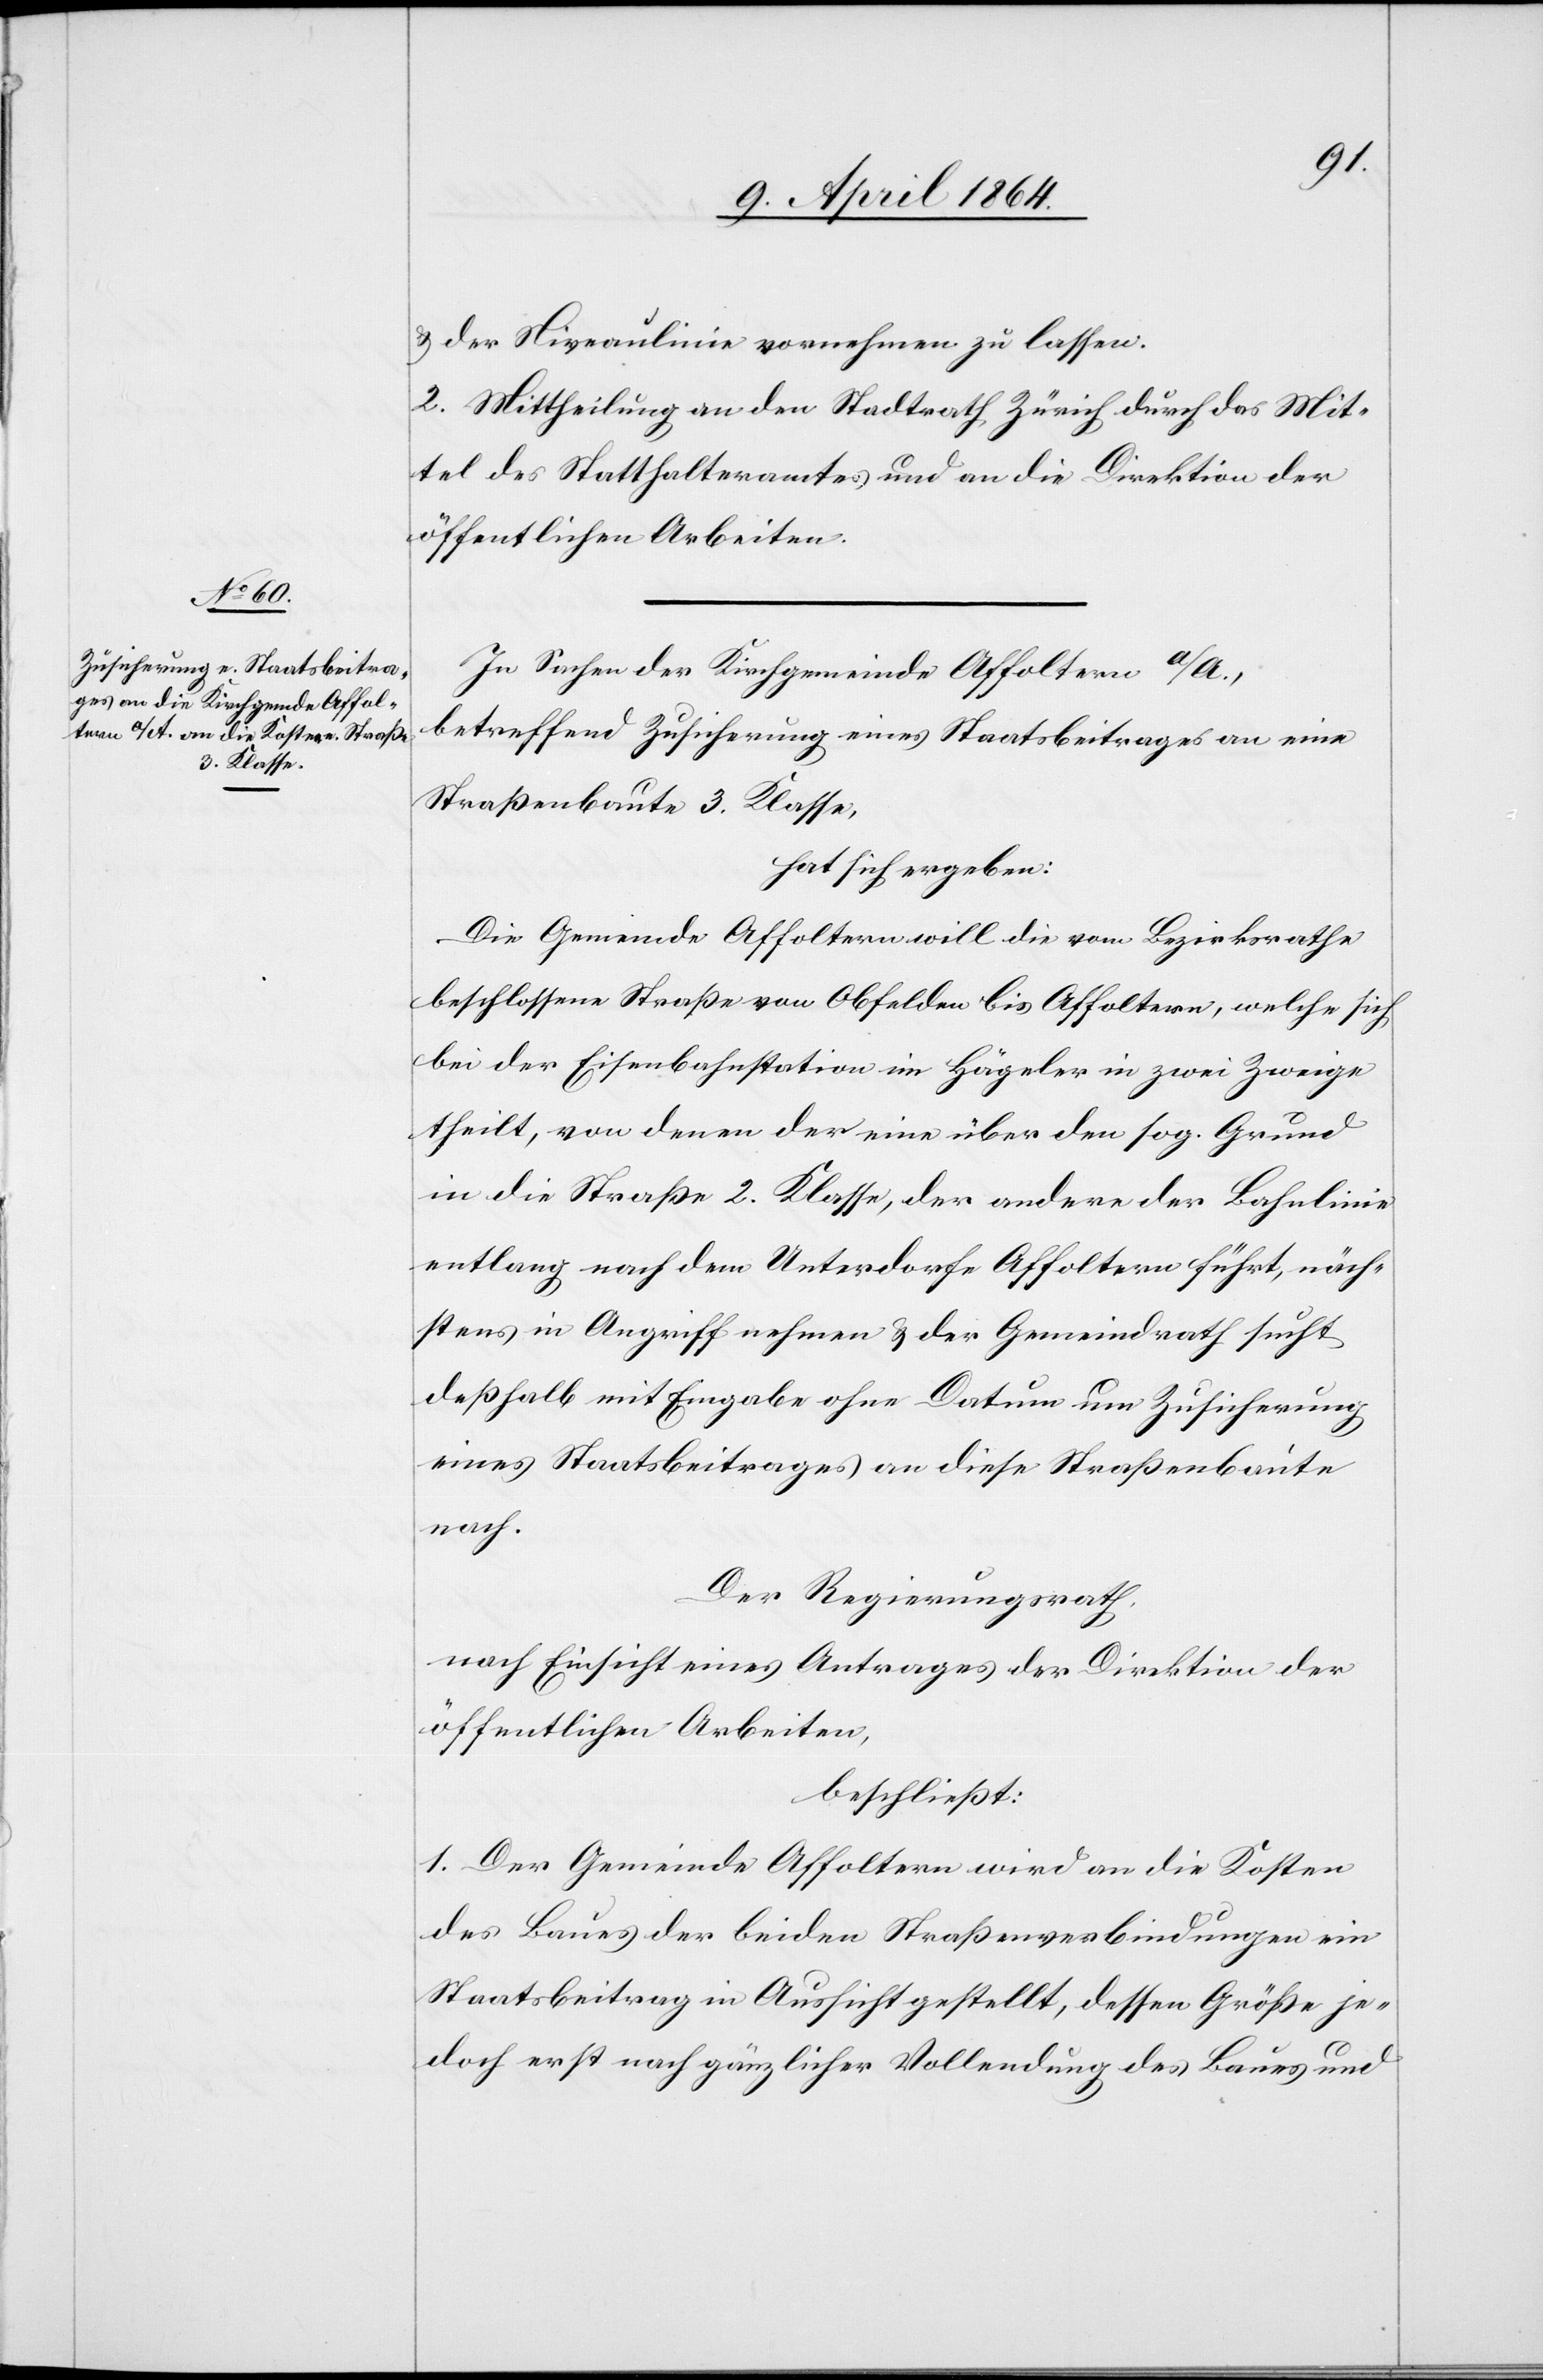
u. der Niveaulinie vornehmen zu lassen.
2. Mittheilung an den Stadtrath Zürich durch das Mit¬
tel des Statthalteramtes und an die Direktion der
öffentlichen Arbeiten.
In Sachen der Kirchgemeinde Affoltern a/A.,
betreffend Zusicherung eines Staatsbeitrages an eine
Straßenbaute 3. Klasse,
hat sich ergeben:
Die Gemeinde Affoltern will die vom Bezirksrathe
beschlossene Straße von Obfelden bis Affoltern, welche sich
bei der Eisenbahnstation im Hägeler in zwei Zweige
theilt, von denen der eine über den sog. Grund
in die Straße 2. Klasse, der andere der Bahnlinie
entlang nach dem Unterdorfe Affoltern führt, näch¬
stens in Angriff nehmen u. der Gemeindrath sucht
deßhalb mit Eingabe ohne Datum um Zusicherung
eines Staatsbeitrages an diese Straßenbaute
nach.
Der Regierungsrath,
nach Einsicht eines Antrages der Direktion der
öffentlichen Arbeiten,
beschließt:
1. Der Gemeinde Affoltern wird an die Kosten
des Baues der beiden Straßenverbindungen ein
Staatsbeitrag in Aussicht gestellt, dessen Größe je¬
doch erst nach gänzlicher Vollendung des Baues und